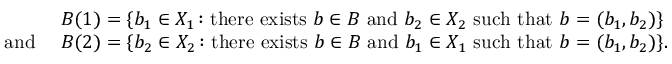
\begin{array} { r l } & { B ( 1 ) = \{ b _ { 1 } \in X _ { 1 } \colon \mathrm { t h e r e ~ e x i s t s ~ } b \in B \mathrm { ~ a n d ~ } b _ { 2 } \in X _ { 2 } \mathrm { ~ s u c h ~ t h a t ~ } b = ( b _ { 1 } , b _ { 2 } ) \} } \\ { \mathrm { a n d ~ } } & { B ( 2 ) = \{ b _ { 2 } \in X _ { 2 } \colon \mathrm { t h e r e ~ e x i s t s ~ } b \in B \mathrm { ~ a n d ~ } b _ { 1 } \in X _ { 1 } \mathrm { ~ s u c h ~ t h a t ~ } b = ( b _ { 1 } , b _ { 2 } ) \} . } \end{array}